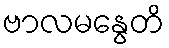
ဗာလမနွေတိ